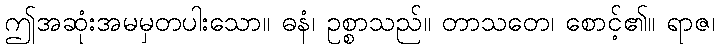
ဤအဆုံးအမမှတပါးသော။ ဓနံ၊ ဥစ္စာသည်။ တာသတေ၊ စောင့်၏။ ရာဇ၊